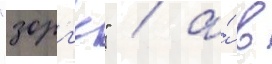
"зорг'е" / а́ в